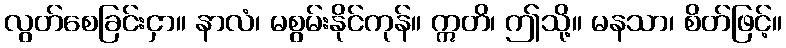
လွတ်စေခြင်းငှာ။ နာလံ၊ မစွမ်းနိုင်ကုန်။ ဣတိ၊ ဤသို့။ မနသာ၊ စိတ်ဖြင့်။